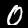
Label: 0